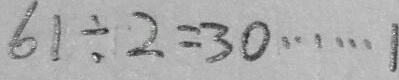
6 1 \div 2 = 3 0 \cdots 1